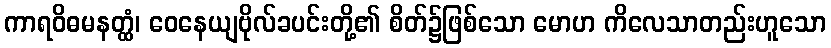
ကာရဝိဓမနတ္ထံ၊ ဝေနေယျဗိုလ်ခပင်းတို့၏ စိတ်၌ဖြစ်သော မောဟ ကိလေသာတည်းဟူသော